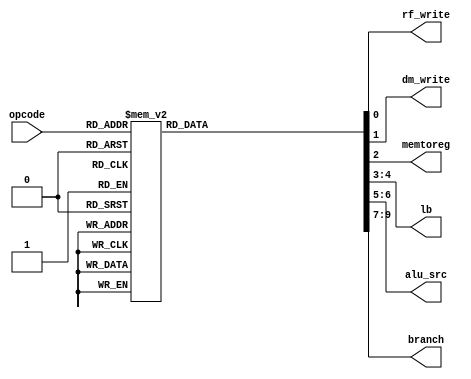
module Control( opcode, rf_write, dm_write, memtoreg, lb, alu_src, branch );
	input [3:0] opcode;
	output reg rf_write, dm_write, memtoreg;
	output reg [1:0] lb, alu_src;
	output reg [2:0] branch;


	always @(*) begin
        case(opcode)
	///add
            4'b0000: begin rf_write = 1; dm_write = 0; memtoreg = 0; lb = 2'b00; alu_src = 2'b00; branch = 3'b000; end
	///sub
            4'b0001: begin rf_write = 1; dm_write = 0; memtoreg = 0; lb = 2'b00; alu_src = 2'b00; branch = 3'b000; end
	///xor
            4'b0010: begin rf_write = 1; dm_write = 0; memtoreg = 0; lb = 2'b00; alu_src = 2'b00; branch = 3'b000; end
	///red
            4'b0011: begin rf_write = 1; dm_write = 0; memtoreg = 0; lb = 2'b00; alu_src = 2'b00; branch = 3'b000; end
	///sll
            4'b0100: begin rf_write = 1; dm_write = 0; memtoreg = 0; lb = 2'b00; alu_src = 2'b01; branch = 3'b000; end
	//sra
            4'b0101: begin rf_write = 1; dm_write = 0; memtoreg = 0; lb = 2'b00; alu_src = 2'b01; branch = 3'b000; end
	///ror
            4'b0110: begin rf_write = 1; dm_write = 0; memtoreg = 0; lb = 2'b00; alu_src = 2'b01; branch = 3'b000; end
	///paddsb
            4'b0111: begin rf_write = 1; dm_write = 0; memtoreg = 0; lb = 2'b00; alu_src = 2'b00; branch = 3'b000; end
	///lw
            4'b1000: begin rf_write = 1; dm_write = 0; memtoreg = 1; lb = 2'b00; alu_src = 2'b10; branch = 3'b000; end
	///sw
            4'b1001: begin rf_write = 0; dm_write = 1; memtoreg = 0; lb = 2'b00; alu_src = 2'b10; branch = 3'b000; end
	///llb
            4'b1010: begin rf_write = 1; dm_write = 0; memtoreg = 0; lb = 2'b01; alu_src = 2'b00; branch = 3'b000; end 
	///lhb 
            4'b1011: begin rf_write = 1; dm_write = 0; memtoreg = 0; lb = 2'b11; alu_src = 2'b00; branch = 3'b000; end 
	///b  
            4'b1100: begin rf_write = 0; dm_write = 0; memtoreg = 0; lb = 2'b00; alu_src = 2'b00; branch = 3'b001; end
	///br
            4'b1101: begin rf_write = 0; dm_write = 0; memtoreg = 0; lb = 2'b00; alu_src = 2'b00; branch = 3'b010; end 
	///pcs 
            4'b1110: begin rf_write = 1; dm_write = 0; memtoreg = 0; lb = 2'b00; alu_src = 2'b00; branch = 3'b011; end 
	///hlt
            4'b1111: begin rf_write = 0; dm_write = 0; memtoreg = 0; lb = 2'b00; alu_src = 2'b00; branch = 3'b100; end        
	    
           
            default: begin rf_write = 1; dm_write = 0; memtoreg = 0; lb = 2'b00; alu_src = 2'b00; branch = 3'b000; end
        endcase
    end






endmodule